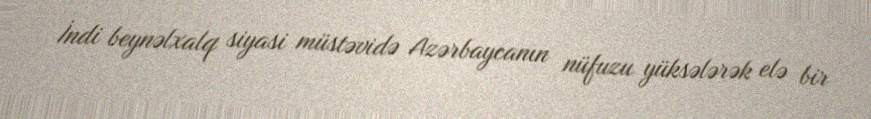
İndi beynəlxalq siyasi müstəvidə Azərbaycanın nüfuzu yüksələrək elə bir